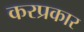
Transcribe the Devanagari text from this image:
करप्रकार